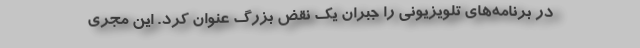
در برنامه‌های تلویزیونی را جبران یک نقض بزرگ عنوان کرد. این مجری